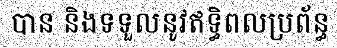
បាន និងទទួលនូវឥទ្ធិពលប្រព័ន្ធ